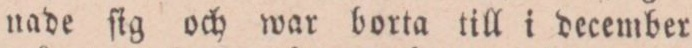
nade ſig och war borta till i december